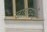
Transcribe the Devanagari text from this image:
जातवर्मा